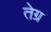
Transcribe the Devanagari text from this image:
तेग्र